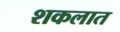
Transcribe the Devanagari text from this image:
शकलात